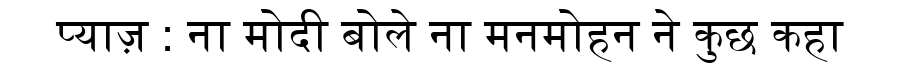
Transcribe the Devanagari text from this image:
प्याज़ : ना मोदी बोले ना मनमोहन ने कुछ कहा